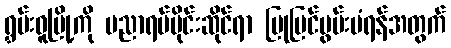
ရွှမ်းဝူမြို့ကို ပညာရပ်ပိုင်းဆိုင်ရာ ပြုပြင်မွမ်းမံရန်အတွက်